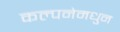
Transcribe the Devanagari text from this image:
कल्पनेमधुन